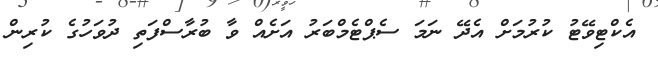
އެކްޓިވޭޓު ކުރުމަށް އެދޭ ނަމަ ސެޕްޓެމްބަރު އަށެއް ވާ ބުރާސްފަތި ދުވަހުގެ ކުރިން